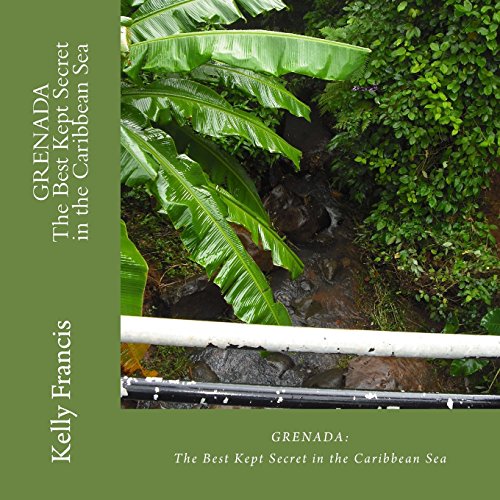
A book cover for Grenada: The Best Kept Secret in the Caribbean Sea; Kelly Francis; Travel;